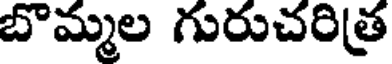
బొమ్మల గురుచరిత్ర